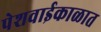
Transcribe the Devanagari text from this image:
पेशवाईकाळात